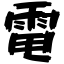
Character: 電